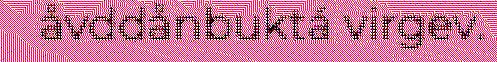
åvddånbuktá virgev.